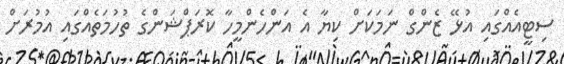
ސިޓީއެއްގައި އުޅޭ ޒެންގް ނަމަކަށް ކިޔާ އެ އަންހެންމީހާ ކޮރަޕްޝަންގެ ތުހުމަތެއްގައި އުމުރަށް